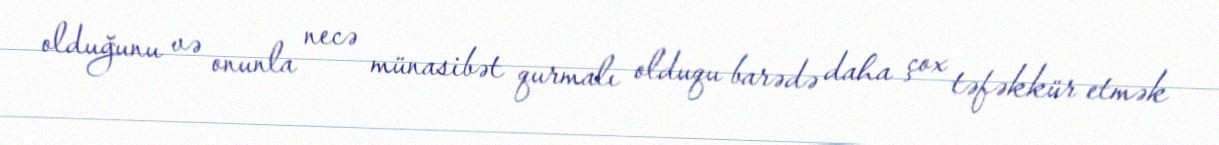
olduğunu və onunla necə münasibət qurmalı olduqu barədə daha çox təfəkkür etmək